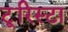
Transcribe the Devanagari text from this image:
टूरिस्टा